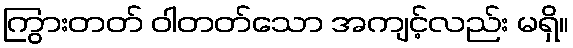
ကြွားတတ် ဝါတတ်သော အကျင့်လည်း မရှိ။